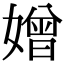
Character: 𡡑